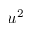
u ^ { 2 }